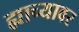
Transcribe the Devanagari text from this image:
ह्याच्यावर